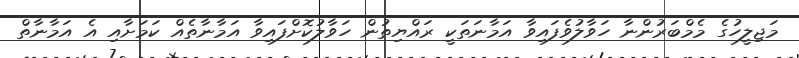
މަޖިލީހުގެ މެމްބަރުންނާ ހަވާލުވެފައިވާ އަމާނަތަކީ ރައްޔިތުން ހަވާލުކޮށްފައިވާ އަމާނާތެއް ކަމަށާއި އެ އަމާނާތް